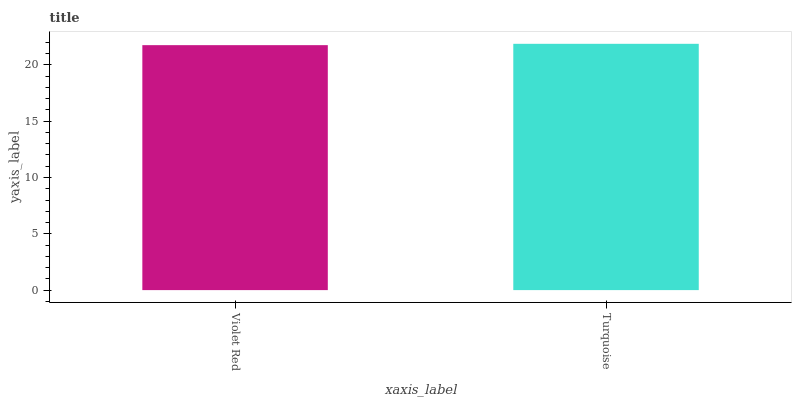
| xaxis_label | bars |
 | --- | --- |
 | Violet Red | 21.8 |
 | Turquoise | 21.9 |